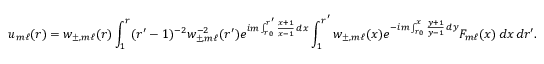
u _ { m \ell } ( r ) = w _ { \pm , m \ell } ( r ) \int _ { 1 } ^ { r } ( r ^ { \prime } - 1 ) ^ { - 2 } w _ { \pm , m \ell } ^ { - 2 } ( r ^ { \prime } ) e ^ { i m \int _ { r _ { 0 } } ^ { r ^ { \prime } } \frac { x + 1 } { x - 1 } \, d x } \int _ { 1 } ^ { r ^ { \prime } } w _ { \pm , m \ell } ( x ) e ^ { - i m \int _ { r _ { 0 } } ^ { x } \frac { y + 1 } { y - 1 } \, d y } F _ { m \ell } ( x ) \, d x \, d r ^ { \prime } .